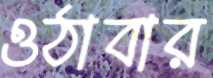
ওঠাবার